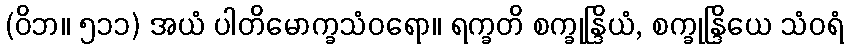
(ဝိဘ။ ၅၁၁) အယံ ပါတိမောက္ခသံဝရော။ ရက္ခတိ စက္ခုန္ဒြိယံ, စက္ခုန္ဒြိယေ သံဝရံ